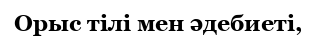
Орыс тілі мен әдебиеті,